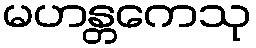
မဟန္တကေသု